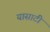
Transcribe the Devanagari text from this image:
यासाटी